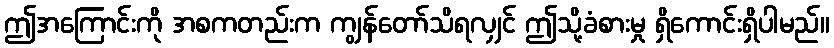
ဤအကြောင်းကို အစကတည်းက ကျွန်တော်သိရလျှင် ဤသို့ခံစားမှု ရှိကောင်းရှိပါမည်။